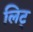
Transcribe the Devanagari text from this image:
लिट्‌